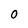
Character: O